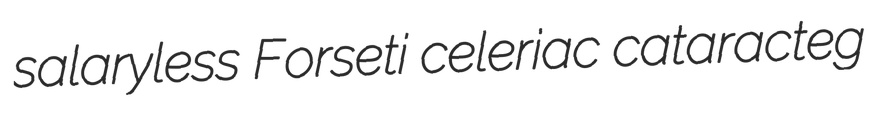
salaryless Forseti celeriac cataracteg